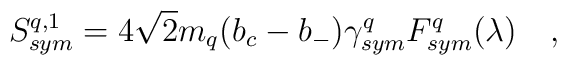
S^{q,1}_{sym}= 4\sqrt{2}m_q(b_c-b_-)\gamma^q_{sym}F^q_{sym}(\lambda)\quad,